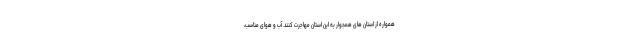
همواره از استان های همجوار به این استان مهاجرت کنند. آب و هوای مناسب،